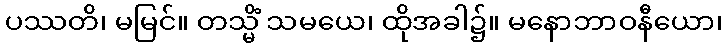
ပဿတိ၊ မမြင်။ တသ္မိံ သမယေ၊ ထိုအခါ၌။ မနောဘာဝနီယော၊